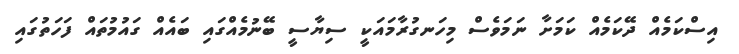
އިސްކަމެއް ދޭކަމެއް ކަމަށާ ނަމަވެސް މިހަނގުރާމައަކީ ސިޔާސީ ބޭނުމެއްގައި ބައެއް ގައުމުތައް ފަހަތުގައި